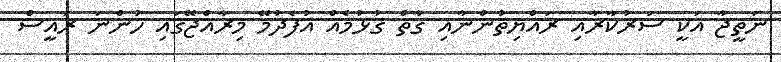
ނަތީޖާ އަކީ ސަރުކާރާއި ރައްޔިތުންނާއި ގާތް ގުޅުމެއް އުފެދުމޭ މިރާއްޖޭގައި ހުންނަ ރައީސް